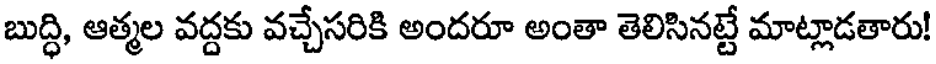
బుద్ధి, ఆత్మల వద్దకు వచ్చేసరికి అందరూ అంతా తెలిసినట్టే మాట్లాడతారు!